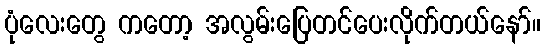
ပုံလေးတွေ ကတော့ အလွမ်းပြေတင်ပေးလိုက်တယ်နော်။